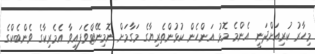
މިހާރު ކުރިއަށްދަނީ އެންމެ މޮޅު އަންހެން ކުޅުންތެރިޔާގެ މަގާމަށް ނޮމިނޭޓްވެފައިވާ އެމެރިކާގެ ވެންބެކްގެ